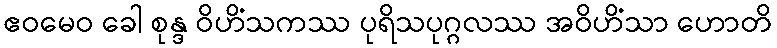
ဧဝမေဝ ခေါ စုန္ဒ ဝိဟိံသကဿ ပုရိသပုဂ္ဂလဿ အဝိဟိံသာ ဟောတိ